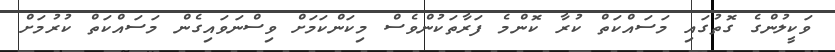
ވަކީލުންގެ ގޮތުގައި މަސައްކަތް ކުރާ ކޮންމެ ފަރާތަކުންވެސް މިކަންކަމަށް ވިސްނަވައިގެން މަސައްކަތް ކުރުމަށް